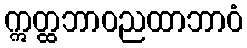
ဣတ္ထဘာဝညထာဘာဝံ